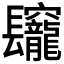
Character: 𨳅